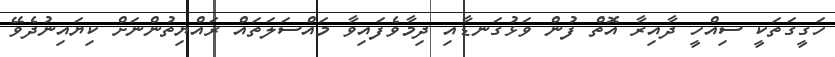
ހަގީގަތަކީ ސިއްހީ ދާއިރާ އޮތް ފުން ވަޅުގަނޑާއި ދިމާވެފައިވާ މައްސަލަތައް ރައްޔިތުންނަށް ކިޔައިނުދެވޭ